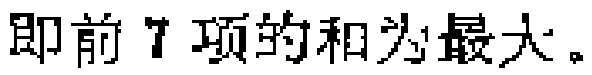
即前 7 项的和为最大。